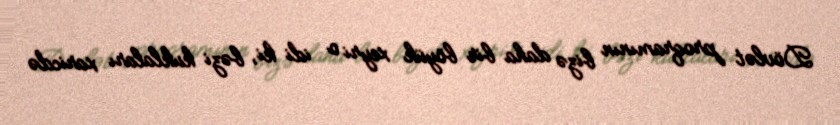
Dövlət proqramının bizə daha bir böyük xeyri o idi ki, bəzi kuklaları xaricdə